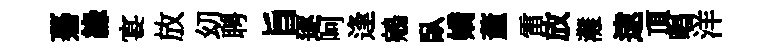
驀緣宴放㓜聘旨逐呵逢鵷臥嬌董雷放灘逮頂唱洋